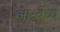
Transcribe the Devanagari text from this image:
ओरबेच्चे